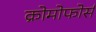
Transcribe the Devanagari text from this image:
क्रोमोफोर्स